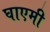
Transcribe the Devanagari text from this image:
घाएमी